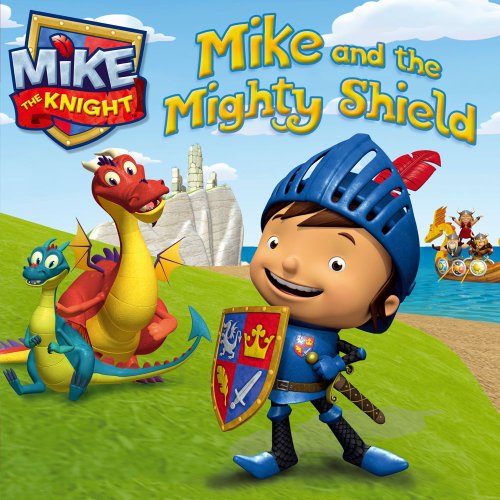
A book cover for Mike and the Mighty Shield (Mike the Knight); HIT Entertainment; Children's Books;